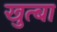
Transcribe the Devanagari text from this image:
खुत्बा